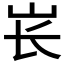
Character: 𱛏